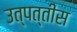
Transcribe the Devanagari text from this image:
उत्पत्तीस